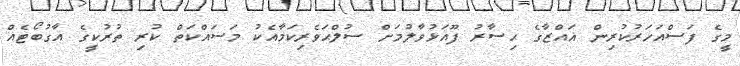
މީގެ ފަސްއަހަރުކުރިން ޣައްޒާގެ ޙިސާރު ފޫއަޅުވާލުމަށް ސުލްޙަވެރިކަމާއެކު މަސައްކަތް ކުރި ތުރުކީގެ އާގުބޯޓެއް